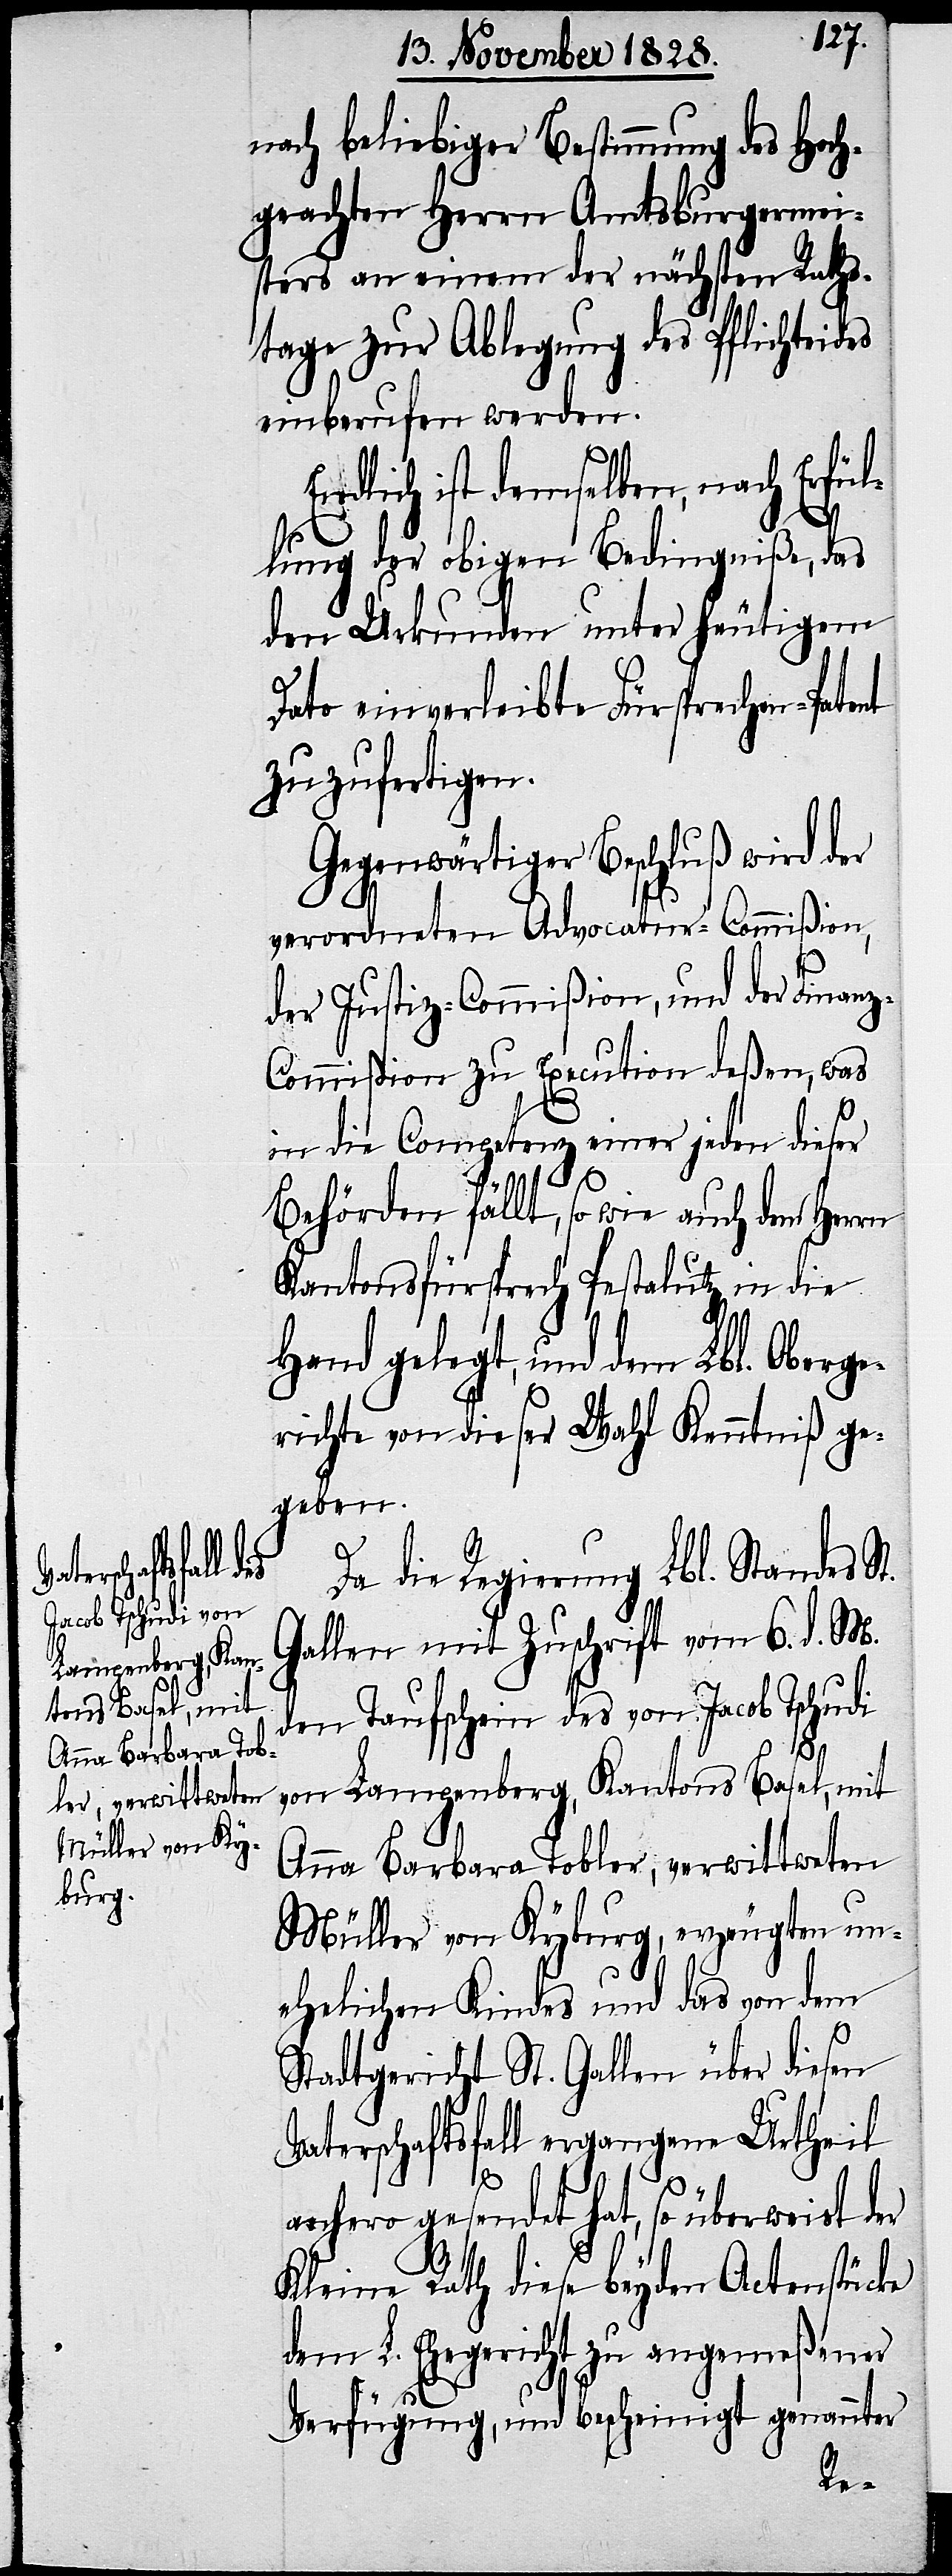
nach beliebiger Bestimmung des Hoch¬
geachten Herrn Amtsburgermei¬
sters an einem der nächsten Raths¬
tage zur Ablegung des Pflichteides
einberufen werden.
lich ist demselben, nach Erfül¬
lung der obigen Bedingniße, das
den Urkunden unter heutigem
Dato einverleibte Fürsprechen-Patent
zuzufertigen.
Gegenwärtiger Beschluß wird der
verordneten Advocatur-Commißion,
der Justiz-Commißion, und der Finan¬
z-Commißion zu Execution deßen, was
in die Competenz einer jeden dieser
Behörden fällt, so wie auch den Herrn
Kantonsfürsprech Pestalutz in die
Hand gelegt, und dem Lbl. Oberg¬
erichte von dieser Wahl Kenntniß ge¬
geben.
Da die Regierung Lbl. Standes St.
Gallen mit Zuschrift vom 6. d. M.
den Taufschein des von Jacob Tschudi
von Langenberg, Kantons Basel, mit
Anna Barbara Tobler, verwittweten
Müller von Kyburg, erzeugten un¬
ehelichen Kindes und das von dem
Stadtgericht St. Gallen über diesen
Vaterschaftsfall ergangene Urtheil
anhero gesendet hat, so überweist der
Kleine Rath diese beyden Actenstücke
dem L. Ehegericht zu angemeßener
End¬
Verfügung, und bescheinigt genannter